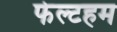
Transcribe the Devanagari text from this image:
फेल्टहम